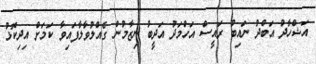
އަޝްހާދު އަބްދު ނައިބު ރައީސް އަހްމަދު އަދީބު ނިޒާމުން ގެއްލުވާލާފައިވާ ކަމަށް އިދިކޮޅު